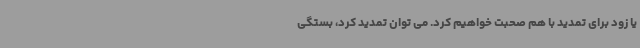
یا زود برای تمدید با هم صحبت خواهیم کرد. می توان تمدید کرد، بستگی